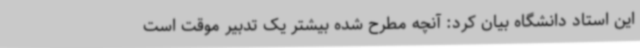
این استاد دانشگاه بیان کرد: آنچه مطرح شده بیشتر یک تدبیر موقت است